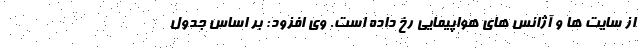
از سایت ها و آژانس های هواپیمایی رخ داده است. وی افزود: بر اساس جدول